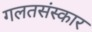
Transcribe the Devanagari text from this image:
गलतसंस्कार